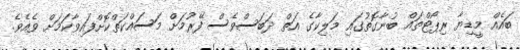
ބައެއް މީޑިޔާ ރިޕޯޓްތައް ބުނާގޮތުގައި މަލިކާގެ އަތް ދަބަސްވެސް ފޭރުމަށް މަސައްކަތްކޮށްފައިވާކަމަށް ވެއެވެ.